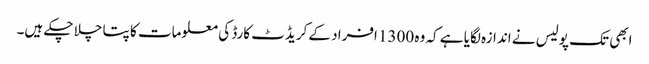
ابھی تک پولیس نے اندازہ لگایا ہے کہ وہ 1300 افراد کے کریڈٹ کارڈ کی معلومات کا پتا چلا چکے ہیں۔